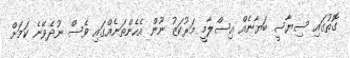
ގޮތުގައި ސިޔާސީ ބަޔާނެއް އިސްލާމީ މަރުކަޒު ނޫން އެހެންތަނެއްގައި ވެސް ނުދެވޭނެ ކަމަށް